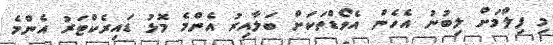
މި ފިލްމަށް ލިބުނު އެހެން އެވޯޑްތަކަށް ބަލާއިރު އެންމެ މޮޅު ޑައިރެކްޓަރު އެންމެ